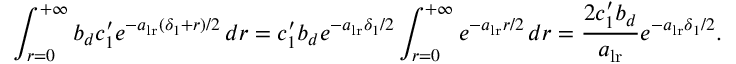
\int _ { r = 0 } ^ { + \infty } b _ { d } c _ { 1 } ^ { \prime } e ^ { - a _ { \mathrm { l r } } ( \delta _ { 1 } + r ) / 2 } \, d r = c _ { 1 } ^ { \prime } b _ { d } e ^ { - a _ { \mathrm { l r } } \delta _ { 1 } / 2 } \int _ { r = 0 } ^ { + \infty } e ^ { - a _ { { \mathrm { l r } } } r / 2 } \, d r = \frac { 2 c _ { 1 } ^ { \prime } b _ { d } } { a _ { \mathrm { l r } } } e ^ { - a _ { \mathrm { l r } } \delta _ { 1 } / 2 } .